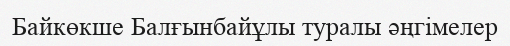
Байкөкше Балғынбайұлы туралы әңгімелер